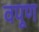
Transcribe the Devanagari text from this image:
वपूण